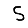
Digit: 5